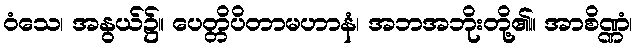
ဝံသေ၊ အနွယ်၌။ ပေတ္တိပိတာမဟာနံ၊ အဘအဘိုးတို့၏။ အာစိဏ္ဏံ၊